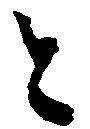
と